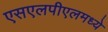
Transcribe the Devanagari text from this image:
एसएलपीएलमध्ये